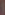
)